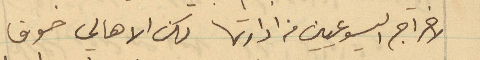
لاخراج اليسوعيين من ادارتها لكن الأهالي خوفًا